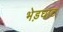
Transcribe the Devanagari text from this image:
भेड़घाट